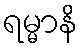
ရမ္မာနိ